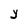
Character: Y